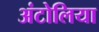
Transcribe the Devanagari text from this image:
अंटोलिया